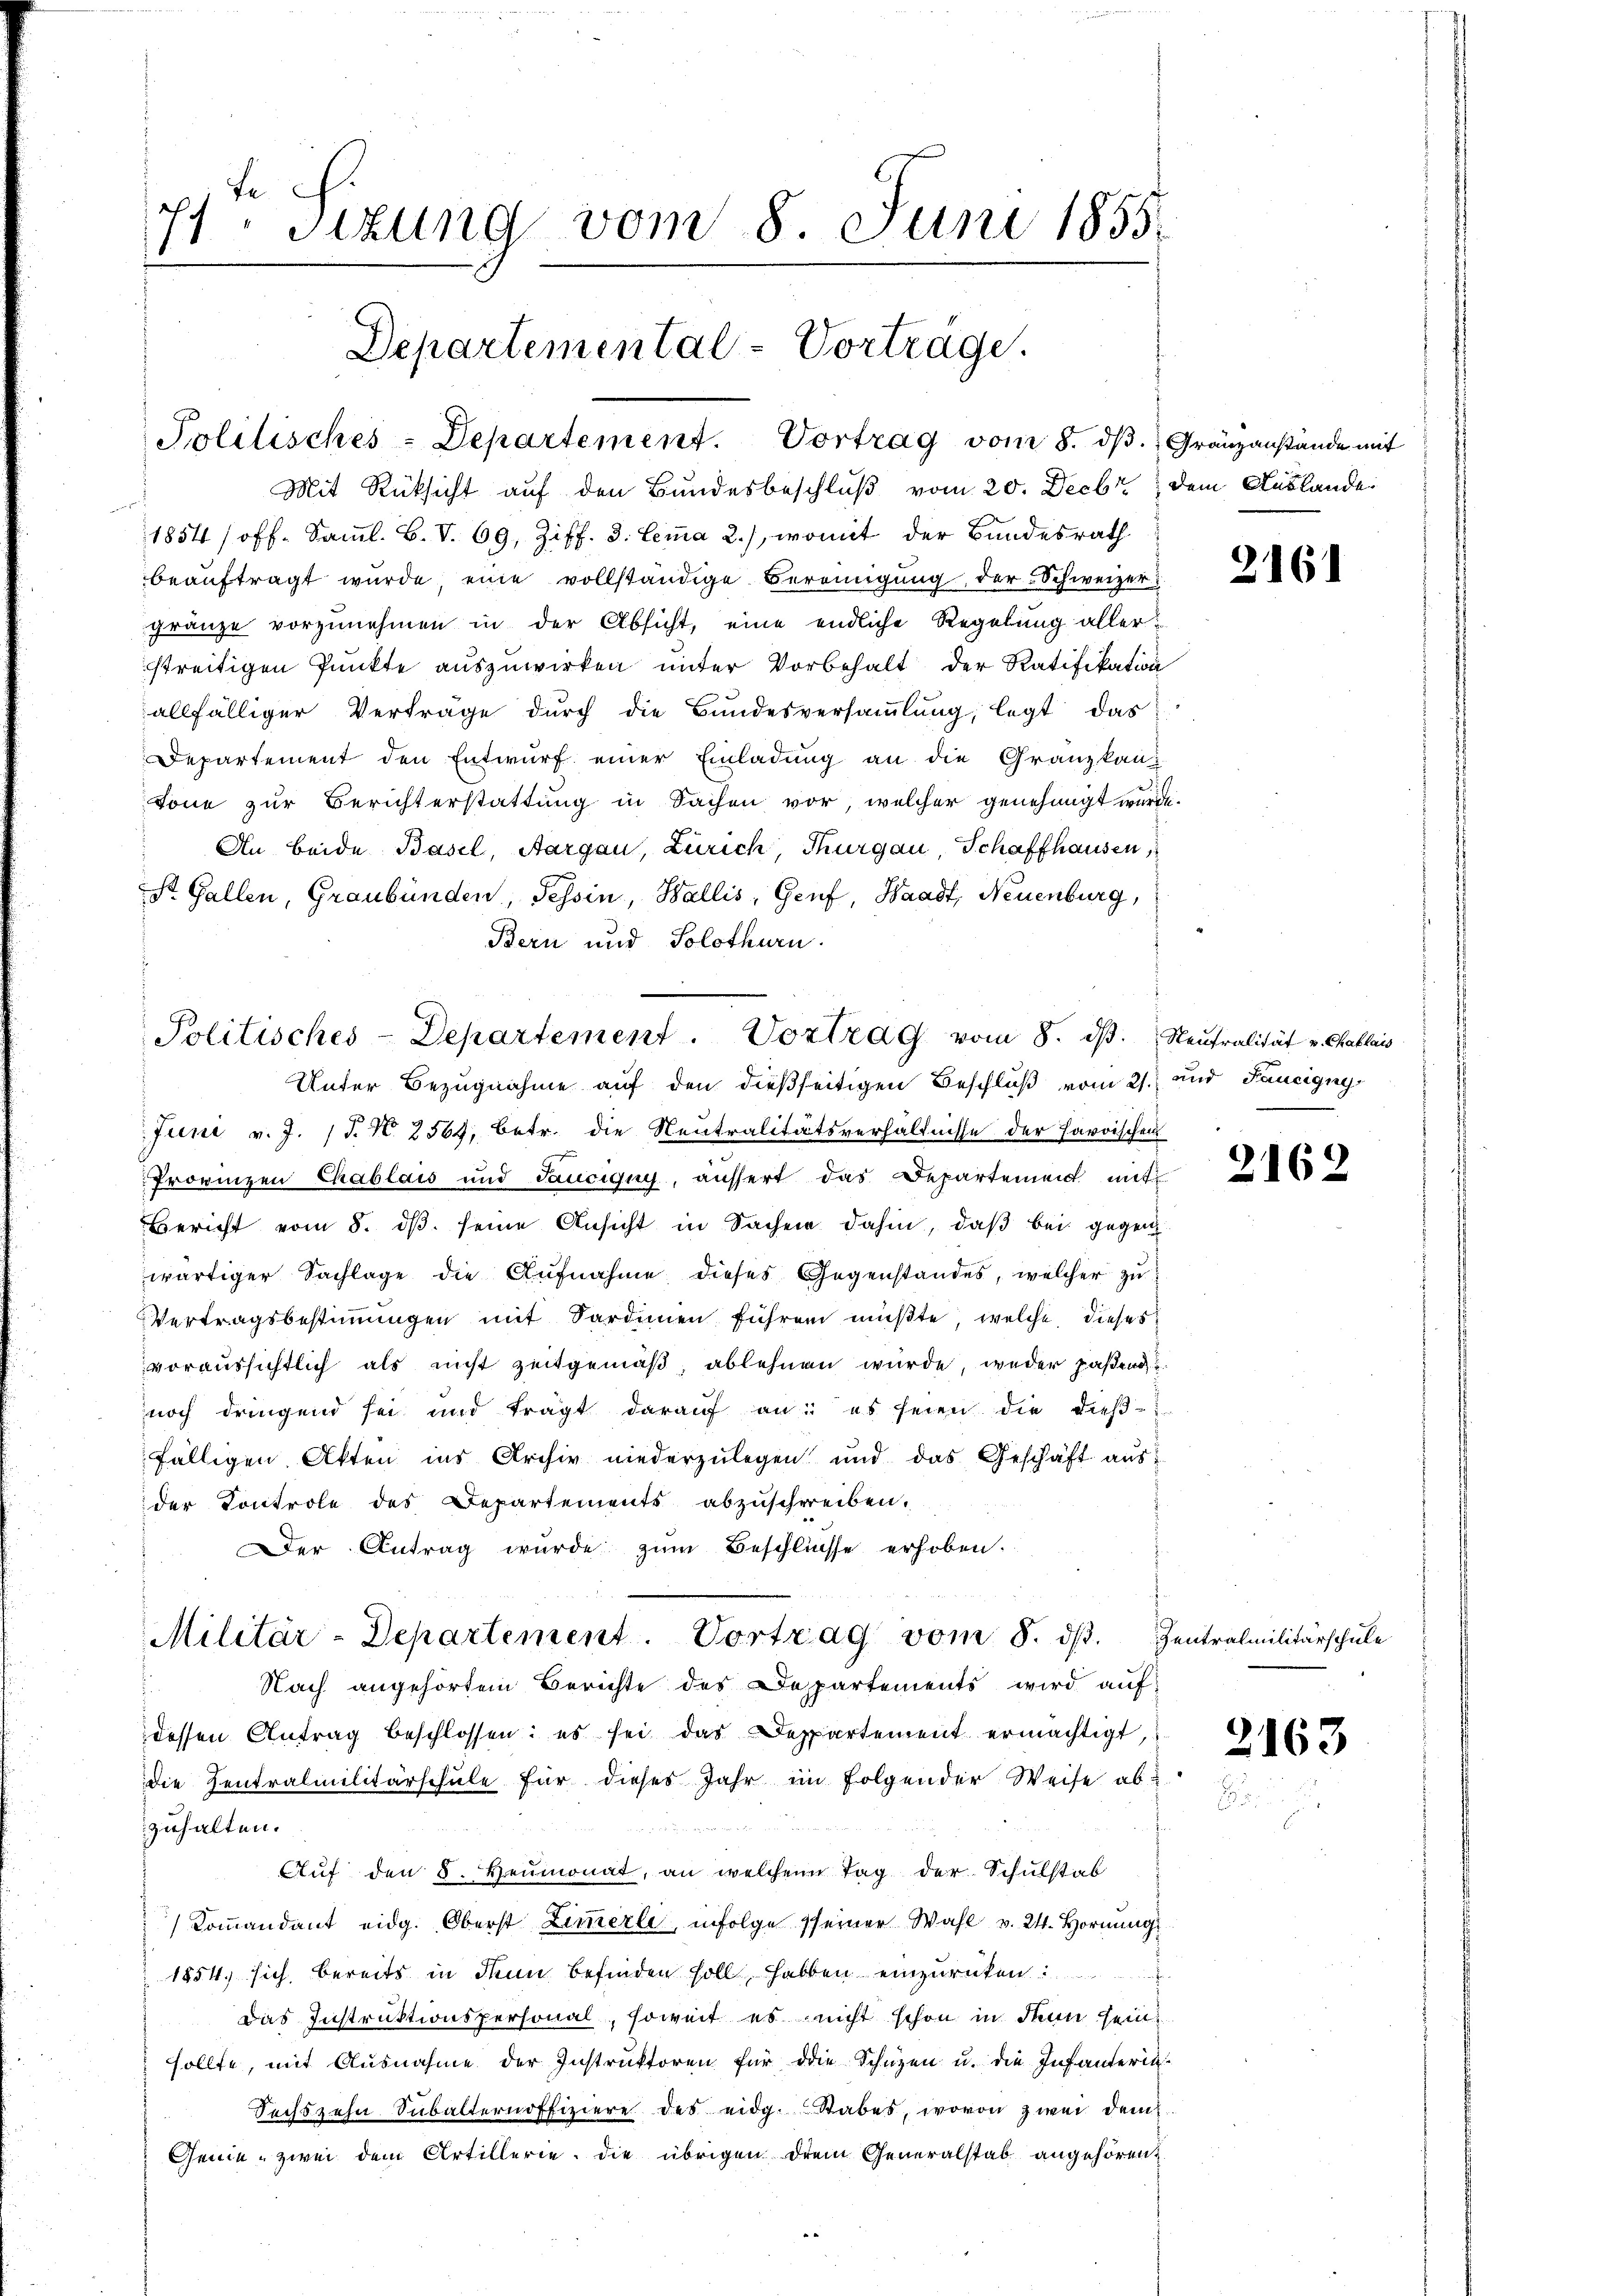
e
11 sizung vom 8. Juni 1855.
Departemental-Vortrage.

Politisches-Departement. Vortrag vom 8. dβ. Gränzanstande mit

Mit Rücksicht auf den Bundesbeschluß vom 20. Decbr.
1854 /off. Saml. B. V. 69, Ziff. 3. Lemma 2.), womit der Bundesrath
beauftragt wurde, eine vollständige Bereinigung, der Schweizergränze vorzŭnehmen in der Absicht, eine endliche Regelung aller:
streitigen Punkte auszuwirken unter Vorbehalt der Ratifikation
allfälliger Vertrage durch die Bundesversaṁlŭng, legt das
Departement den Entwurf einer Einladung an die Gränz(...)
tone zur Berichterstattung in Sachen vor, welcher genehmigt wurde
An beide Basel, Aargau, Zürich, Thurgau, Schaffhausen,
St. Gallen, Graubünden, Tessin, Wallis, Genf Waadt, Neuenburg,
Bern und Solothurn.
Unter Bezugnahme auf den dießseitigen Beschluß vom 21. und Faucigny
Juni v. J. (T. N. 2564, betr. die Neutralitätsverhältnisse der Harrischen
Provinzen Chablais und Sauciguy, aussert das Departement mit
Bericht vom 8. dβ. seine Ansicht in Sachen dahin, daß bei gegen
wärtiger Sachlage die Aufnahme dieses Gegenstandes, welcher zu
Vertragsbestimmungen mit Sardinen führen müßte, welche dieses
voraussichtlich als nicht zeitgemäß ablehnen wurde, weder paßend
noch dringend sei und trägt darauf an: es seien die dieß-
fälligen Akten ins Archiv niederzulegen und das Geschäft aus
der Kontrole des Departements abzuschreiben.
Der Antrag wurde zŭm Beschliesse erhoben.
Militär-Departement. Vortrag vom 8. dβ. Zentralmilitärschŭle
Nach angehörtem Berichte des Departements wird aufdessen Antrag beschlossen: es sei das Deppartement ermächtigt,
die Zentralmilitärschule für dieses Jahr im folgender Weise ab-
dass der 40 x
zuhalten.
Aŭf den 8. Heumonat, an welchen Tag der Schulstab
Kommandant eidg. Oberst Zimmerli, infolge seiner Wahl v. 24. Hornung
1854, sich bereits in dem befinden soll, haben einzurücken:
Das Instruktionspersonal, soweit es nicht schon in denn seinsollte, mit Ausnahme der Instruktoren für die Schüzen u. die Infanterin
Sechszehn Subalternoffiziere des eidg. Stabes, wovon zwei dem
Genie, zwei dem Artillerie, die übrigen drei Generalstab angehören,

Politisches-Departement. Vortrag vom 8. dβ.

dem Auslande

¬
f

2161

Neutralität v. Chablais

2162

2163